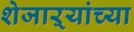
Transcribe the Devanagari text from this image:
शेजाऱ्यांच्या